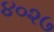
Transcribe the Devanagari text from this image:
४०२७